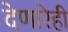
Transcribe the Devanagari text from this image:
देणारेही